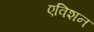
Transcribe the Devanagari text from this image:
एविशन